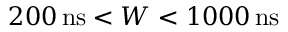
2 0 0 \, \mathrm { n s } < W < 1 0 0 0 \, \mathrm { n s }